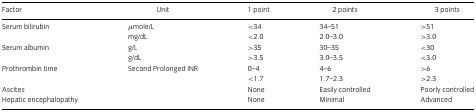
| Factor | Unit | 1 point | 2 points | 3 points |
 | --- | --- | --- | --- | --- |
 | Serum bilirubin | μmole/L | <34 | 34–51 | >51 |
 |  | mg/dL | <2.0 | 2.0–3.0 | >3.0 |
 | Serum albumin | g/L | >35 | 30–35 | <30 |
 |  | g/dL | >3.5 | 3.0–3.5 | <3.0 |
 | Prothrombin time | Second Prolonged INR | 0–4 | 4–6 | >6 |
 |  |  | <1.7 | 1.7–2.3 | >2.3 |
 | Ascites |  | None | Easily controlled | Poorly controlled |
 | Hepatic encephalopathy |  | None | Minimal | Advanced |